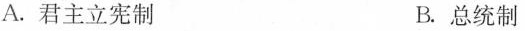
A.君主立宪制 B.总统制